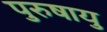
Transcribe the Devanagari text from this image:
पुरुषायु